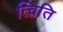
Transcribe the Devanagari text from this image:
त्विति